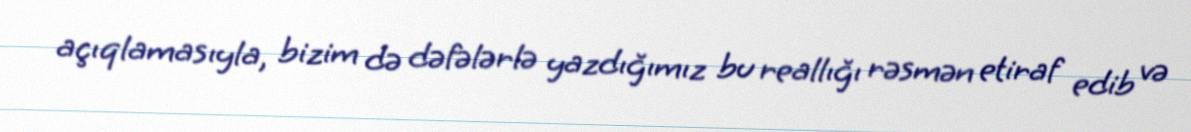
açıqlamasıyla, bizim də dəfələrlə yazdığımız bu reallığı rəsmən etiraf edib və